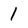
Character: 1